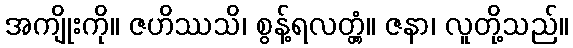
အကျိုးကို။ ဇဟိဿသိ၊ စွန့်ရလတ္တံ့။ ဇနာ၊ လူတို့သည်။